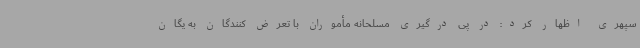
سپهری اظهار کرد: در پی درگیری مسلحانه مأموران با تعرض کنندگان به یگان